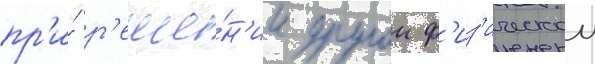
пр'и́ р'еше́н'ии другои ф'из'ическои